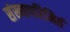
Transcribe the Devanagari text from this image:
संख्यापरिमितं